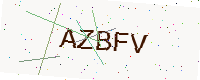
Text: AZBFV